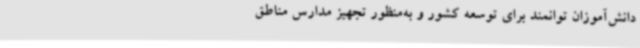
دانش‌آموزان توانمند برای توسعه کشور و به‌منظور تجهیز مدارس مناطق